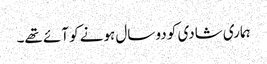
ہماری شادی کو دو سال ہونے کو آئے تھے۔